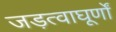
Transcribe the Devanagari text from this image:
जड़त्वाघूर्णों